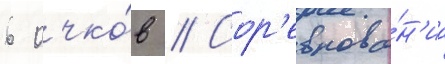
6 очко́в // Сор'евнова́н'иа